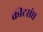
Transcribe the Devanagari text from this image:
कीटसंघ